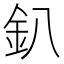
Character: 釟